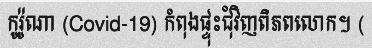
កូរ៉ូណា (Covid-19) កំពុងផ្ទុះជុំវិញពិភពលោក។ (